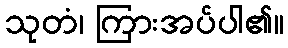
သုတံ၊ ကြားအပ်ပါ၏။